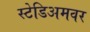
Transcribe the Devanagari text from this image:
स्टेडिअमवर